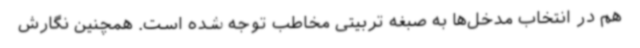
هم در انتخاب مدخل‌ها به صبغه تربیتی مخاطب توجه شده است. همچنین نگارش